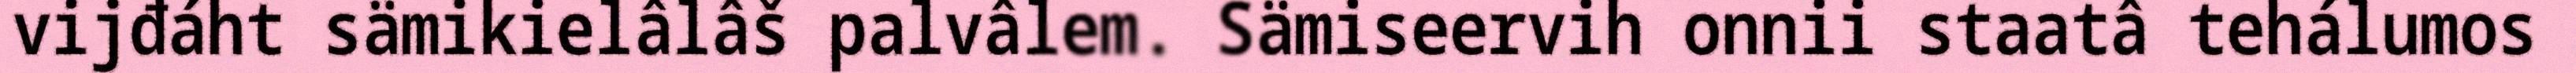
vijđáht sämikielâlâš palvâlem. Sämiseervih onnii staatâ tehálumos